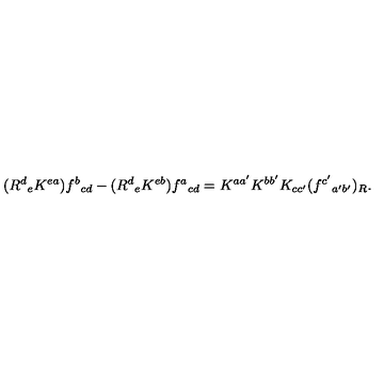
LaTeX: ( R ^ { d } { } _ { e } K ^ { e a } ) f ^ { b } { } _ { c d } - ( R ^ { d } { } _ { e } K ^ { e b } ) f ^ { a } { } _ { c d } = K ^ { a a ^ { \prime } } K ^ { b b ^ { \prime } } K _ { c c ^ { \prime } } ( f ^ { c ^ { \prime } } { } _ { a ^ { \prime } b ^ { \prime } } ) _ { R } .